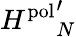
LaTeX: {H^{\mathrm{pol}}}_{N}^{\prime}